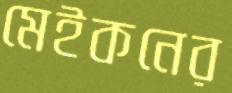
মেইকনের